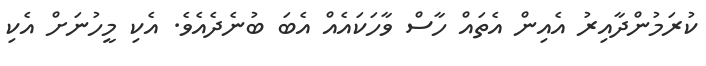
ކުރަމުންދާއިރު އެއިން އެތައް ހާސް ވާހަކައެއް އެބަ ބުނެދެއެވެ. އެކި މީހުނަށް އެކި